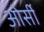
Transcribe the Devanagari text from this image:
ओर्सी